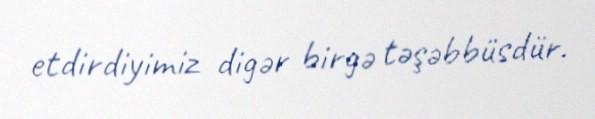
etdirdiyimiz digər birgə təşəbbüsdür.